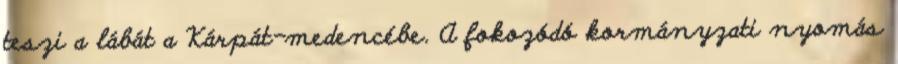
teszi a lábát a Kárpát-medencébe. A fokozódó kormányzati nyomás